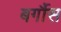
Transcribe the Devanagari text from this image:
बर्गौस